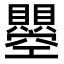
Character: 𧸵